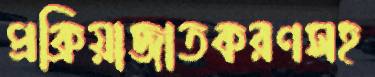
প্রক্রিয়াজাতকরণসহ